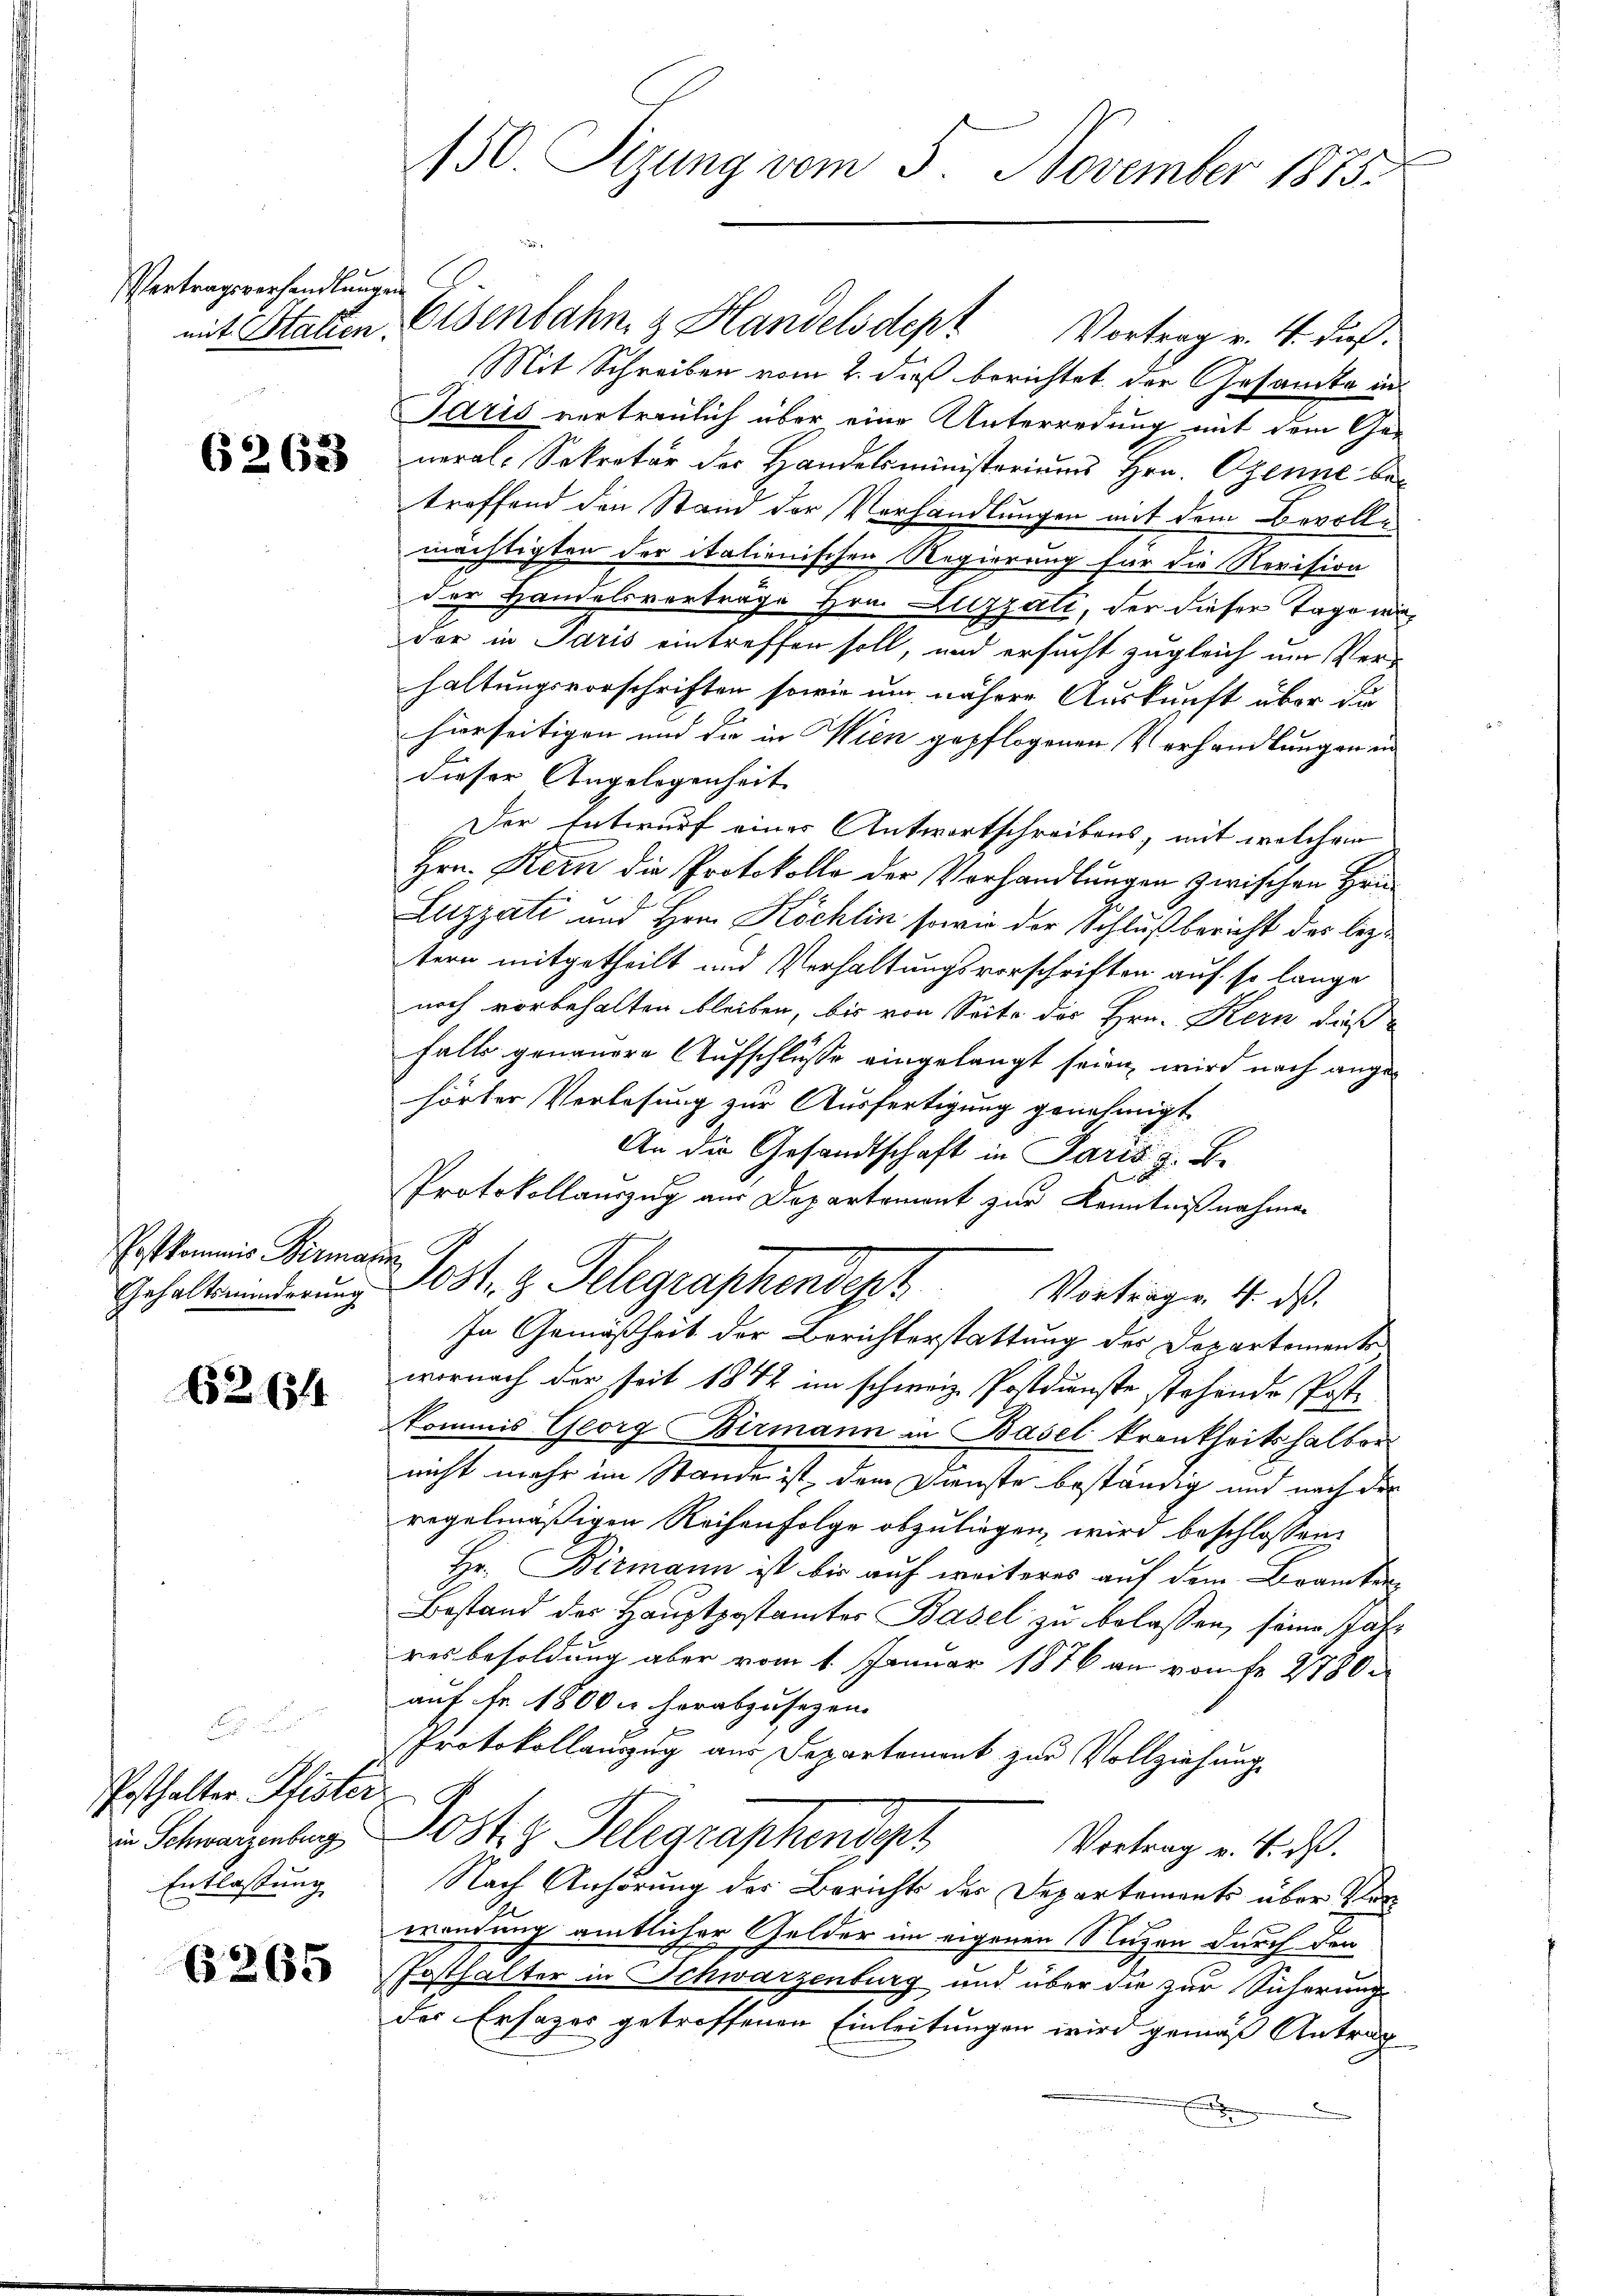
Vertragsverhandlungen

6263

Postkommis Birmann
Gehaltsminderung

6264

Pesthalter Pfister
in Schwarzenburg
Entlassung

265

mit Statten, Elsenbahn & Handelsdept Vortrag v. 4. dieß.
Mit Schreiben vom 2. dieß berichtet der Gesandte in
Paris vertraulich über eine Unterredung mit dem General-Sekretär der Handelsministeriums Hrn. Ozenne betreffend den Stand der Verhandlungen mit dem Bevollmächtigten der italienischen Regierung für die Revision
der Handelsverträge Hrn. Luzzati, der dieser Tage wi
der in Paris eintreffen soll, und ersucht zugleich um Ver-
haltungsvorschriften sowie um nähere Auskunft über die
hierseitigen und die in Wien gepflogenen Verhandlungen ein
dieser Angelegenheit
Der Entwurf einer Antwortschreibens, mit welchem
Hrn. Kern die Protokolle der Vorhandlungen zwischen Hrn
Luzzati und Hrn. Köchlin sowie der Schluß bericht des bez
tern mitgetheilt und Verhaltungsvorschriften auf so lange
noch vorbehalten bleiben, bis von Seite der Hrn. Kern dieß
falls genauere Aufschluße eingelangt seien, wird nach angehörter Verlesung zur Ausfertigung genehmigt
An die Gesandtschaft in Paris z. B.
Protokollauszug aus Departement zur Kenntnißnahmen
Post. g. Telegraphendet
Vortragen 4. ds.
In Gemäßheit der Berichterstattung der Dopartemente
wornach der seit 1842 im schweiz. Postdunste stehende Postkommis Georg Birmann in Basel krankheitshalber
nicht mehr im Stande ist, dem Dienste beständig und nach der
regelmäßigen Reihenfolge abzuliegen, wird beschlossen:
Hr. Birmann ist bis auf weiteres auf dem Brancker-
Bestand der Hauptpostamter Basel zu belassen, seine Jahr
resbesoldung aber vom 1. Januar 1876 an vom fr. 2780
auf Fr. 1800 u. herabzusezen.
Protokollauszug aus Departement zur Vollziehung
Jost z. Belegraphendesh
Vortrag v. 4. ds.
Nach Anhörung des Berichts der Departements über Verwendung amtlicher Gelder im eigenen Nuzen durch den
Posthalter in Schwarzenburg und über die zur Sicherung
der Ersazer getroffenen Einleitungen wird gemäß Antrag
.

150. Sizung vom 3. November 1875.